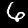
Label: 6